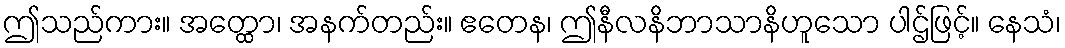
ဤသည်ကား။ အတ္ထော၊ အနက်တည်း။ ဧတေန၊ ဤနီလနိဘာသာနိဟူသော ပါဌ်ဖြင့်။ နေသံ၊